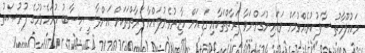
މަޢުުލޫމާތު ސާފުކުރެއްވުމަށް ވަޑައިނުގަންނަވާ ފަރާތްތަކާއި ގަޑިއަށް ހާޒިރުވެނުލައްވާ ފަރާތްތަކަށް އަންދާސީހިސާބު ހުށަހެޅުމުގެ ފުރުޞަތު